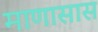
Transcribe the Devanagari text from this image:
माणासास